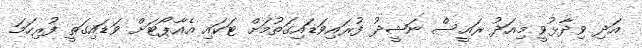
އަދި ވިދާޅުވީ މިއަދު ރައީސް ނަޝީދު ފުރައިވަޑައިގަތުމަށް ޓަކައި އެއާޕޯޓަށް ވަޑައިގަތީ ފުރިހަމަ